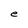
Character: e